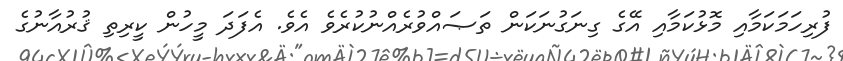
ފުރިހަމަކަމާއި މޮޅުކަމާއި އޭގެ ގިނަގުނަކަން ތަޞައްވުރެއްނުކުރެވެ އެވެ. އެފަދަ މީހުން ކީރިތި ޤުރުއާނުގެ